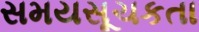
સમયસૂચકતા